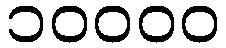
၁၀၀၀၀